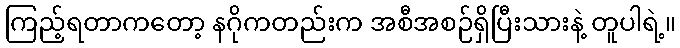
ကြည့်ရတာကတော့ နဂိုကတည်းက အစီအစဉ်ရှိပြီးသားနဲ့ တူပါရဲ့။